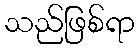
သည်ဖြစ်ရာ